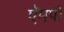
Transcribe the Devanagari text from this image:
ऍमपी